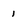
Character: 1